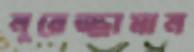
নুরেজ্জামান